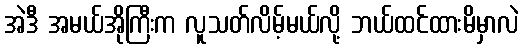
အဲဒီ အမယ်အိုကြီးက လူသတ်လိမ့်မယ်လို့ ဘယ်ထင်ထားမိမှာလဲ